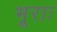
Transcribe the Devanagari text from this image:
भूराः